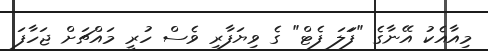
މިއާއެކު އޭނާގެ "ފަަލަ ފެޓް" ގެ ވިޔަފާރި ވެސް ހުރީ މައްޗަށް ޖަހާފަ